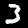
Label: 3